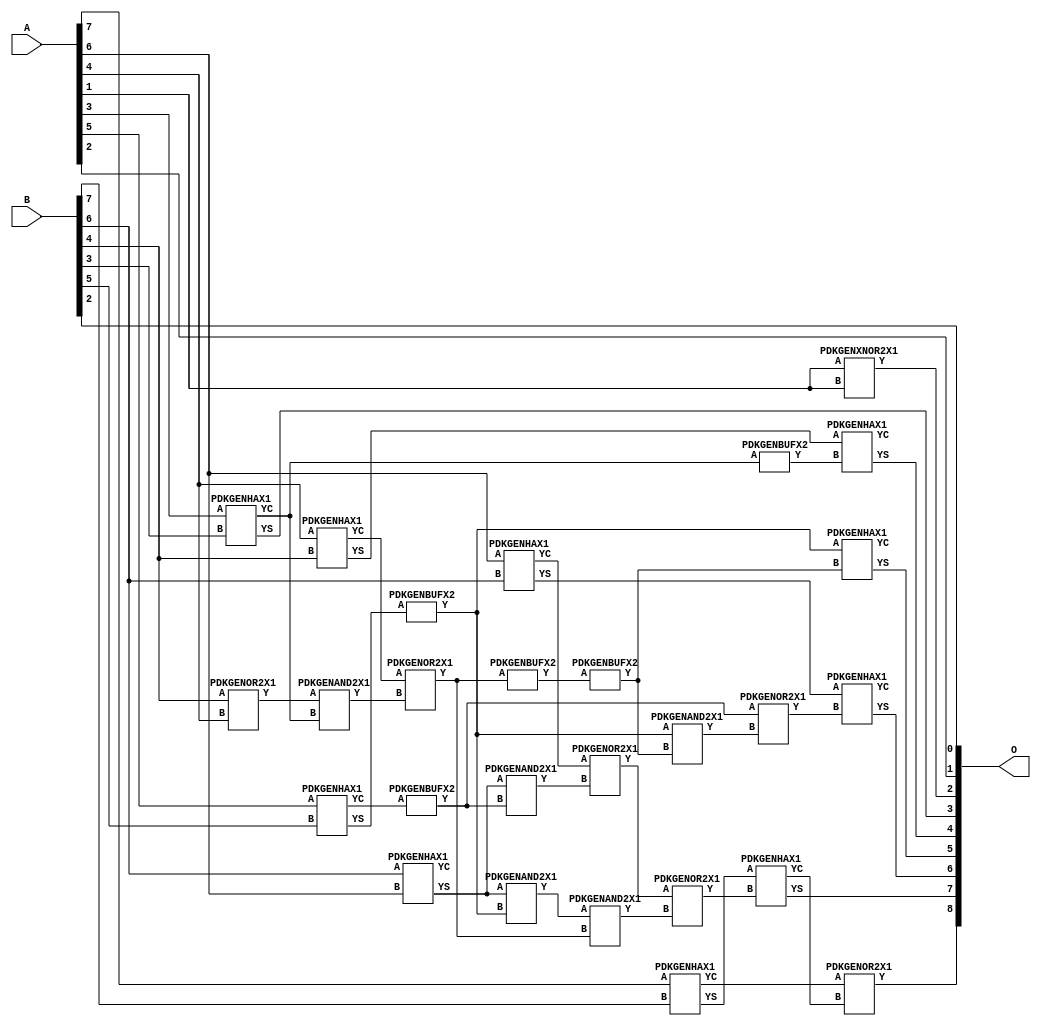
// This program was cloned from: https://github.com/ehw-fit/evoapproxlib
// License: MIT License

/***
* This code is a part of EvoApproxLib library (ehw.fit.vutbr.cz/approxlib) distributed under The MIT License.
* When used, please cite the following article(s): V. Mrazek, R. Hrbacek, Z. Vasicek and L. Sekanina, "EvoApprox8b: Library of approximate adders and multipliers for circuit design and benchmarking of approximation methods". Design, Automation & Test in Europe Conference & Exhibition (DATE), 2017, Lausanne, 2017, pp. 258-261. doi: 10.23919/DATE.2017.7926993 
* This file contains a circuit from a sub-set of pareto optimal circuits with respect to the pwr and wce parameters
***/
// MAE% = 0.45 %
// MAE = 2.3 
// WCE% = 1.37 %
// WCE = 7.0 
// WCRE% = 300.00 %
// EP% = 87.50 %
// MRE% = 1.23 %
// MSE = 8.0 
// PDK45_PWR = 0.019 mW
// PDK45_AREA = 43.6 um2
// PDK45_DELAY = 0.39 ns


module add8u_5EZ(A, B, O);
  input [7:0] A;
  input [7:0] B;
  output [8:0] O;
  wire [2031:0] N;
  assign N[0] = A[0];
  assign N[1] = A[0];
  assign N[2] = A[1];
  assign N[3] = A[1];
  assign N[4] = A[2];
  assign N[5] = A[2];
  assign N[6] = A[3];
  assign N[7] = A[3];
  assign N[8] = A[4];
  assign N[9] = A[4];
  assign N[10] = A[5];
  assign N[11] = A[5];
  assign N[12] = A[6];
  assign N[13] = A[6];
  assign N[14] = A[7];
  assign N[15] = A[7];
  assign N[16] = B[0];
  assign N[17] = B[0];
  assign N[18] = B[1];
  assign N[19] = B[1];
  assign N[20] = B[2];
  assign N[21] = B[2];
  assign N[22] = B[3];
  assign N[23] = B[3];
  assign N[24] = B[4];
  assign N[25] = B[4];
  assign N[26] = B[5];
  assign N[27] = B[5];
  assign N[28] = B[6];
  assign N[29] = B[6];
  assign N[30] = B[7];
  assign N[31] = B[7];
  PDKGENHAX1 n32(.A(N[28]), .B(N[12]), .YS(N[32]), .YC(N[33]));
  PDKGENOR2X1 n36(.A(N[24]), .B(N[8]), .Y(N[36]));
  PDKGENXNOR2X1 n42(.A(N[2]), .B(N[2]), .Y(N[42]));
  assign N[43] = N[42];
  PDKGENHAX1 n62(.A(N[6]), .B(N[22]), .YS(N[62]), .YC(N[63]));
  PDKGENHAX1 n72(.A(N[8]), .B(N[24]), .YS(N[72]), .YC(N[73]));
  PDKGENHAX1 n82(.A(N[10]), .B(N[26]), .YS(N[82]), .YC(N[83]));
  PDKGENHAX1 n92(.A(N[12]), .B(N[28]), .YS(N[92]), .YC(N[93]));
  PDKGENBUFX2 n94(.A(N[83]), .Y(N[94]));
  PDKGENHAX1 n102(.A(N[14]), .B(N[30]), .YS(N[102]), .YC(N[103]));
  PDKGENAND2X1 n142(.A(N[36]), .B(N[63]), .Y(N[142]));
  assign N[143] = N[142];
  PDKGENOR2X1 n162(.A(N[73]), .B(N[143]), .Y(N[162]));
  assign N[163] = N[162];
  PDKGENBUFX2 n168(.A(N[82]), .Y(N[168]));
  assign N[169] = N[168];
  PDKGENAND2X1 n172(.A(N[32]), .B(N[94]), .Y(N[172]));
  assign N[173] = N[172];
  PDKGENAND2X1 n182(.A(N[32]), .B(N[169]), .Y(N[182]));
  PDKGENOR2X1 n192(.A(N[93]), .B(N[173]), .Y(N[192]));
  assign N[193] = N[192];
  PDKGENAND2X1 n222(.A(N[182]), .B(N[163]), .Y(N[222]));
  assign N[223] = N[222];
  PDKGENBUFX2 n230(.A(N[162]), .Y(N[230]));
  PDKGENOR2X1 n242(.A(N[193]), .B(N[223]), .Y(N[242]));
  PDKGENBUFX2 n262(.A(N[230]), .Y(N[262]));
  assign N[263] = N[262];
  PDKGENBUFX2 n322(.A(N[63]), .Y(N[322]));
  PDKGENAND2X1 n332(.A(N[168]), .B(N[263]), .Y(N[332]));
  PDKGENOR2X1 n342(.A(N[94]), .B(N[332]), .Y(N[342]));
  PDKGENHAX1 n382(.A(N[72]), .B(N[322]), .YS(N[382]), .YC(N[383]));
  PDKGENHAX1 n392(.A(N[168]), .B(N[263]), .YS(N[392]), .YC(N[393]));
  PDKGENHAX1 n402(.A(N[92]), .B(N[342]), .YS(N[402]), .YC(N[403]));
  PDKGENHAX1 n412(.A(N[102]), .B(N[242]), .YS(N[412]), .YC(N[413]));
  PDKGENOR2X1 n422(.A(N[103]), .B(N[413]), .Y(N[422]));
  assign O[0] = N[20];
  assign O[1] = N[4];
  assign O[2] = N[43];
  assign O[3] = N[62];
  assign O[4] = N[382];
  assign O[5] = N[392];
  assign O[6] = N[402];
  assign O[7] = N[412];
  assign O[8] = N[422];
endmodule


/* mod */
module PDKGENAND2X1(input A, input B, output Y );
     assign Y = A & B;
endmodule
/* mod */
module PDKGENOR2X1(input A, input B, output Y );
     assign Y = A | B;
endmodule
/* mod */
module PDKGENHAX1( input A, input B, output YS, output YC );
    assign YS = A ^ B;
    assign YC = A & B;
endmodule
/* mod */
module PDKGENBUFX2(input A, output Y );
     assign Y = A;
endmodule
/* mod */
module PDKGENXNOR2X1(input A, input B, output Y );
     assign Y = ~(A ^ B);
endmodule